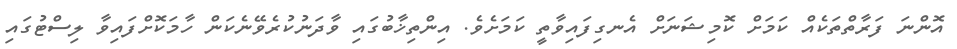
އޮންނަ ފަރާތްތަކެއް ކަމަށް ކޮމިޝަނަށް އެނގިފައިވާތީ ކަމަށެވެ. އިންތިޚާބުގައި ވާދަނުކުރެވޭނެކަން ހާމަކޮށްފައިވާ ލިސްޓުގައި